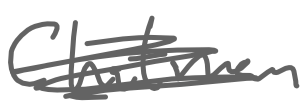
Text: Chatman
Cross-out: scratch
Writing tool: digital_gray